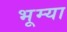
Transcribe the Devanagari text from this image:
भूम्या